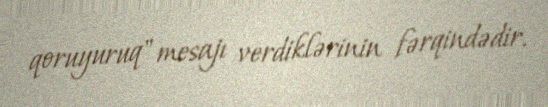
qoruyuruq" mesajı verdiklərinin fərqindədir.